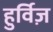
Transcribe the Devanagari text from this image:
हुर्विज़